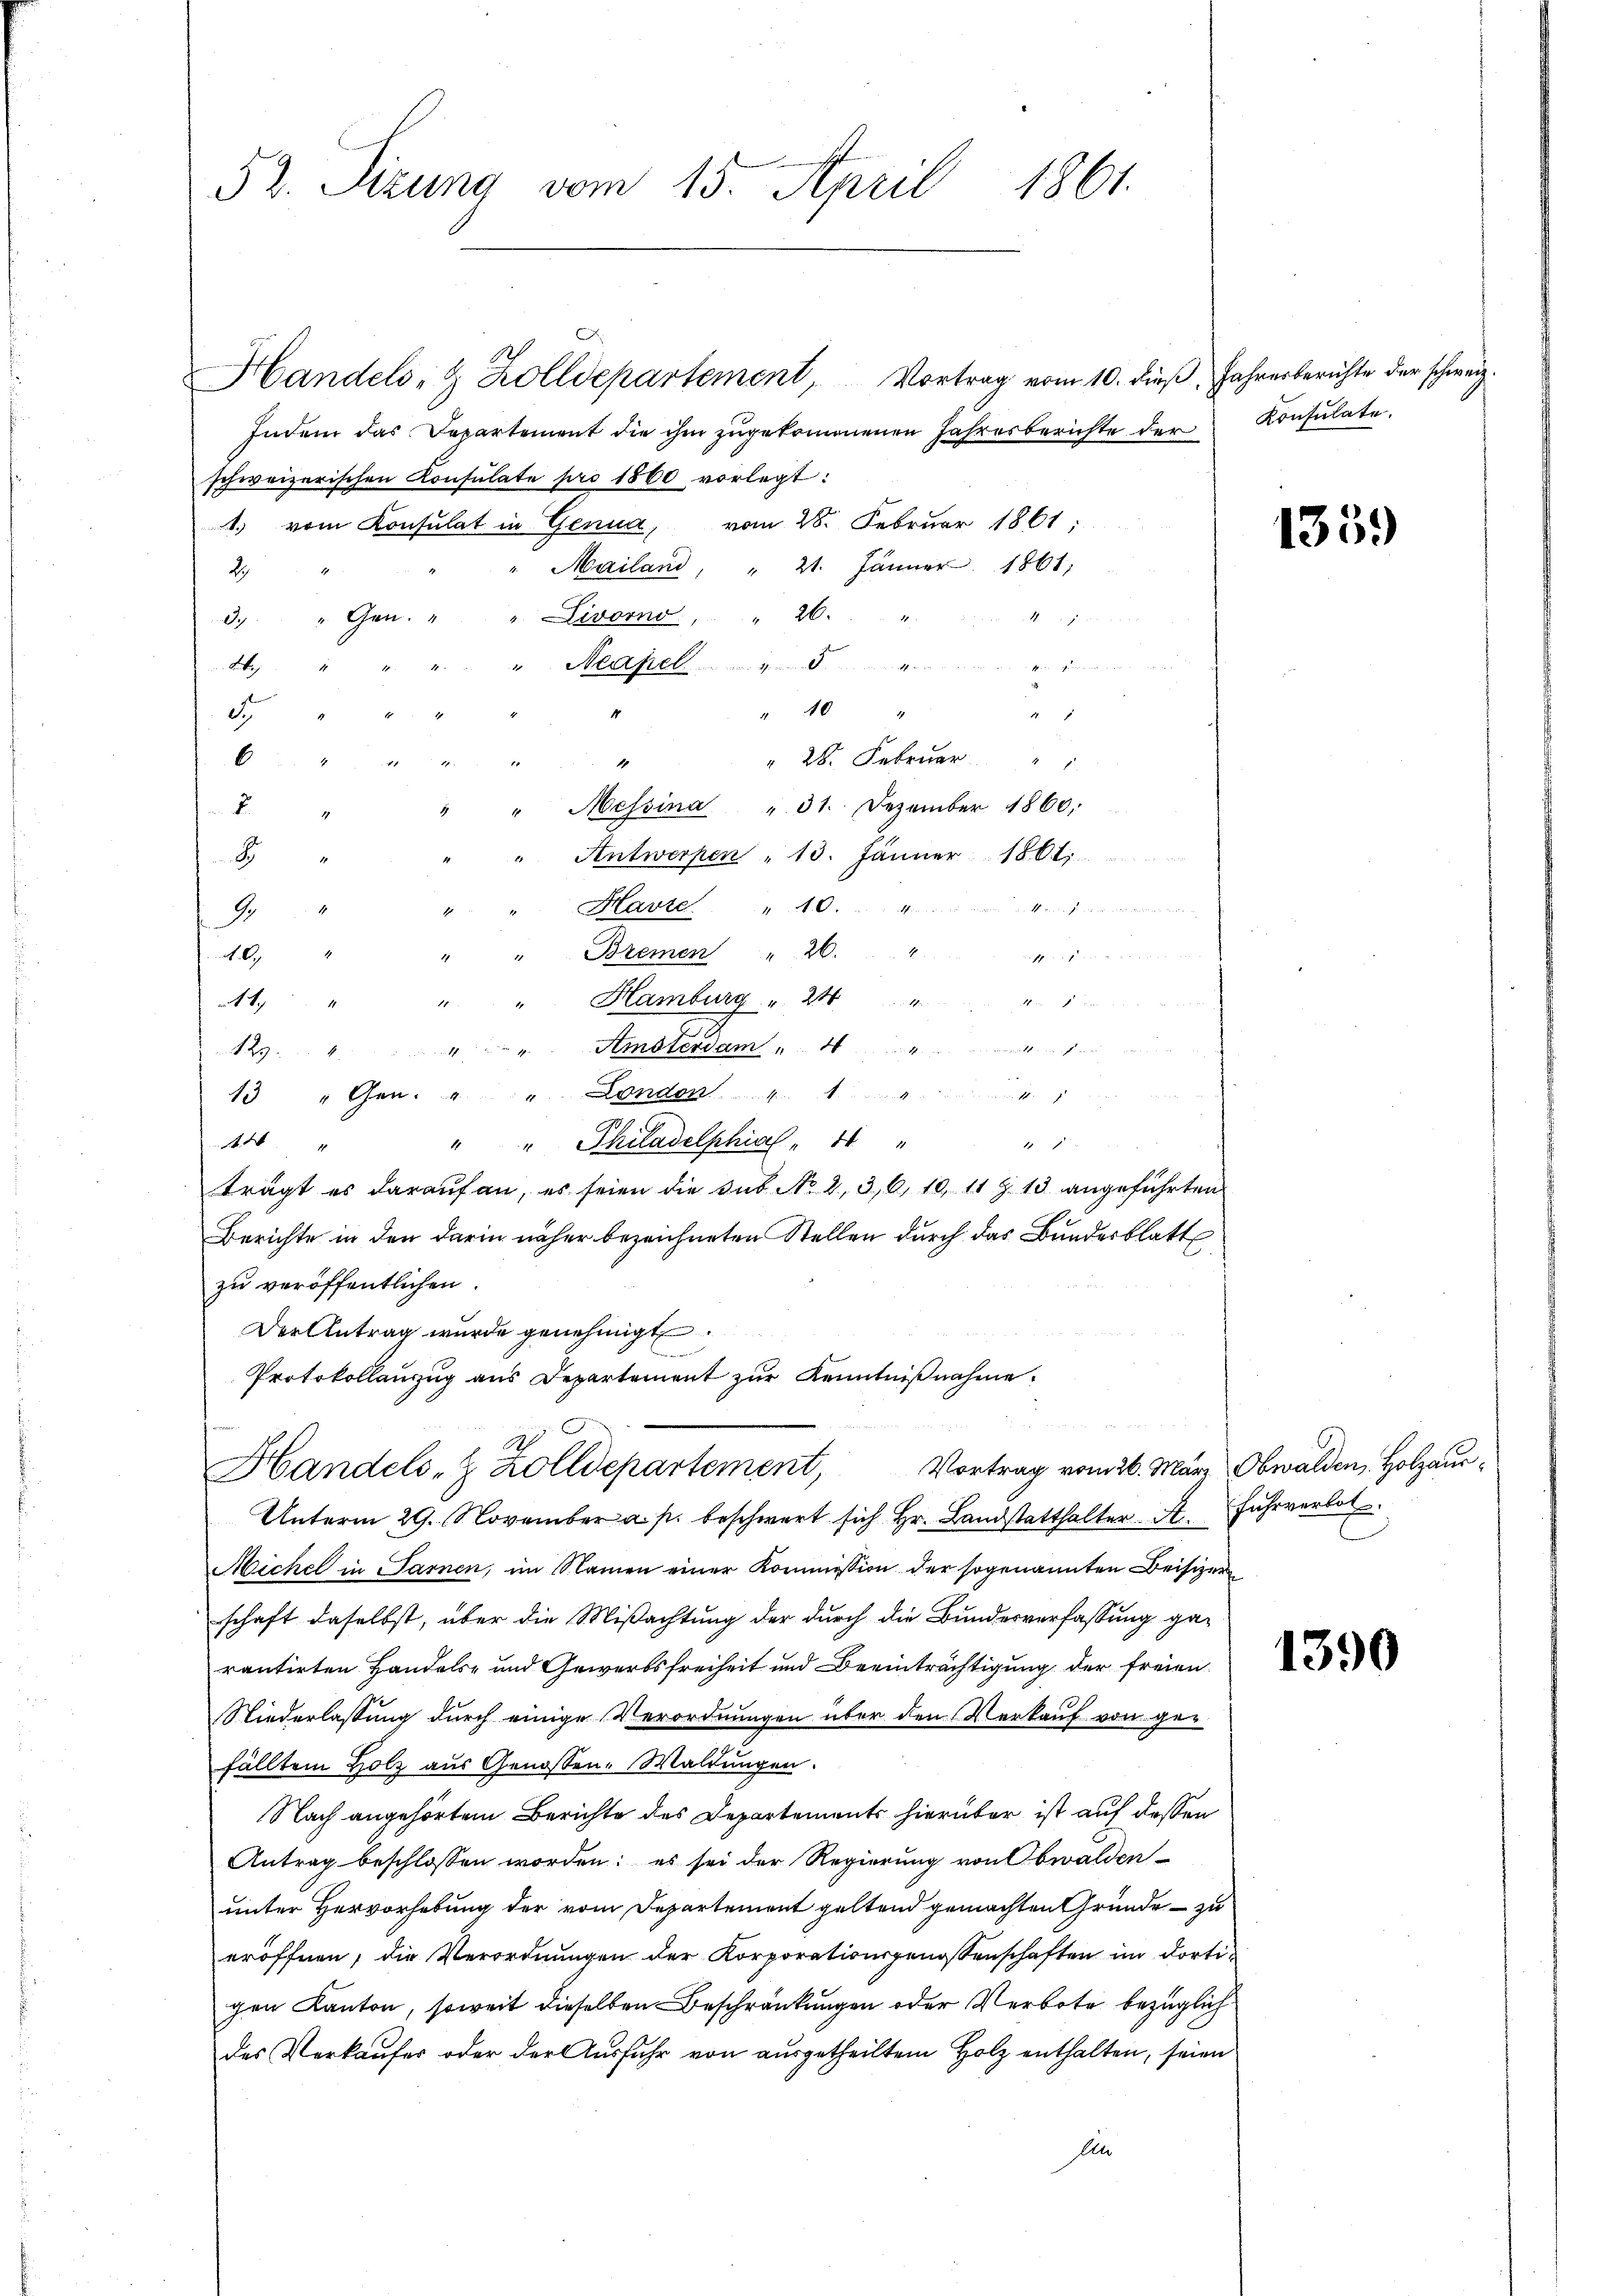
52. Sizung vom 15. April 1861.

Handels- & Zolldepartement, Vortrag vom 10. dieβ, Jahrerberichte der schweiz.
Indem das Departement die ihm zŭgekommenen Jahresberichte der Konsulate.
schweizerischen Konsulate pro 1860 vorlegt:
1. vom Konsulat in Genua, vom 28. Februar 1861:
Mailand, " 21. Jänner 1861;
29
5 x
3. " Gen. " " Livorno. " 26.
Lette
". Neapel

" 10 "
.
1
28. Februar
6
4
Messina
". 31. Dezember 1860,
F
Antwerpen " 13. Jänner 1801.
8
Marte
9
Bremen " 26. " "
1.6.
 20 40 xxxx
Hamburg v. 216
t.
Amsterdam
42
3 " Gen.  .. ... London.
" " Philadelphial  "    "
44
.
trägt es darauf an, es seien die sub. No 2, 36, 10, 11 § 13 angeführten
Berichte in den darin näher bezeichneten Stellen durch das Bundesblatt
zu veröffentlichen.
Der Antrag wurde genehmigt
Protokollauszug aus Departement zur Kenntnißnahme.
9

Handels- & Zolldepartement, Vortrag vom 26. März Obwalden, Holzaus¬

Unterm 29. November a. p. beschwert sich hr. Landstatthalter St. Fŭhrverbot
Michel in Sarnen, im Namen einer Kommission der sogenannten Beisizer
schaft daselbst, über die Mißachtung der durch die Bundesverfassung gerantirten Handels- und Gewerbsfreiheit und Beeinträchtigung der freien
Niederlassung durch einige Verordnungen über den Verkauf von gefällten Holz aus Genossen-Waldungen.
Nach angehörtem Berichte des Departements hierüber ist auf dessen
Antrag beschlossen worden; es sei der Regierung von Obwalden-
unter Hervorhebung der vom Departement geltend gemachten Gründe - zu
eröffnen, die Verordnungen der Korporationsgenossenschaften im dortigen Kanton, soweit dieselben Beschränkungen oder Verbote bezüglich
des Verkaufes oder der Ausfuhr von ausgetheiltem Holz enthalten, seien
Ein

1359

1390